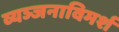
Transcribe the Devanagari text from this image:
व्यञ्जनाविमर्श